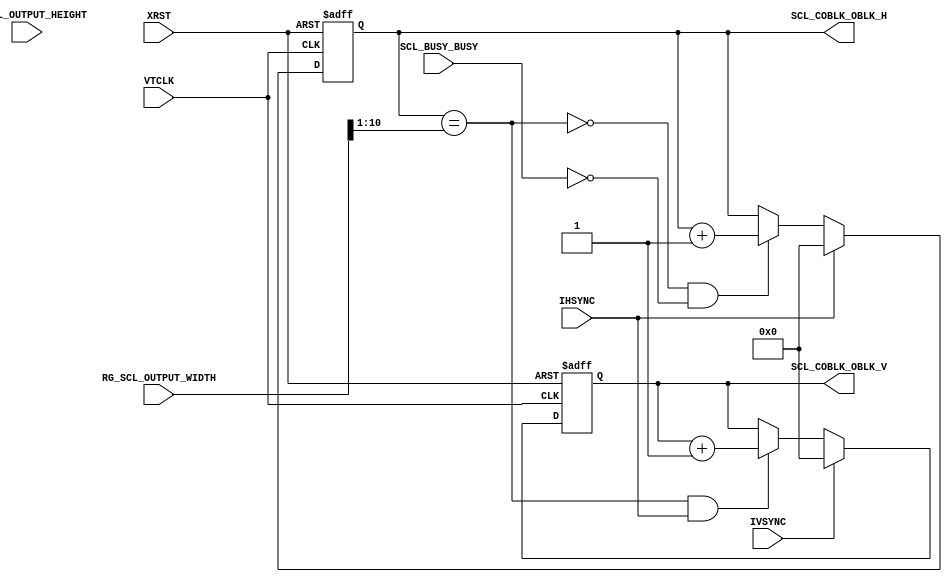
//==========================================================
//  Title     : SONY Mobile CIS
//  Comment   : DUBE block
//  Project   : 
//
//  File Name : 
//
//
//  CONFIDENTIAL AND PROPRIETARY PRODUCT OF SONY CORPORATION
//  Copyright (c) 2015 Sony Corporation.  All Rights Reserved.
//
//  Reference File Name     : (Generated by Excel)
//  Reference File Revision : (none)
//  Reference File Project  : 
//==========================================================



module                  SCL_COBLK(
     VTCLK
    ,XRST
    ,RG_SCL_OUTPUT_WIDTH
    ,RG_SCL_OUTPUT_HEIGHT
    ,IHSYNC
    ,IVSYNC
    ,SCL_BUSY_BUSY
    ,SCL_COBLK_OBLK_H
    ,SCL_COBLK_OBLK_V
);


/*************************************************
INPUT , OUTPUT
*************************************************/
input           VTCLK;                          // 
input           XRST;                           // 
input   [10:0]  RG_SCL_OUTPUT_WIDTH;            // 
input   [10:0]  RG_SCL_OUTPUT_HEIGHT;           // 
input           IHSYNC;                         // 
input           IVSYNC;                         // 
input           SCL_BUSY_BUSY;                  // 
output  [9:0]   SCL_COBLK_OBLK_H;               // 
output  [9:0]   SCL_COBLK_OBLK_V;               // 

/*************************************************
reg, wire
*************************************************/
reg [9:0] SCL_COBLK_OBLK_H;
reg [9:0] SCL_COBLK_OBLK_V;
wire SCL_COBLK_OBLK_H_EN;
wire SCL_COBLK_OBLK_V_EN;

assign SCL_COBLK_OBLK_H_EN = ~(SCL_COBLK_OBLK_H == (RG_SCL_OUTPUT_WIDTH >> 1)) & ~SCL_BUSY_BUSY;
assign SCL_COBLK_OBLK_V_EN = (SCL_COBLK_OBLK_H == (RG_SCL_OUTPUT_WIDTH >> 1));

always @(posedge VTCLK or negedge XRST) begin
  if (XRST == 1'b0) begin
    SCL_COBLK_OBLK_H <= 1'b0;
    SCL_COBLK_OBLK_V <= 1'b0;
  end else begin
    if (IHSYNC == 1'b1) begin
      SCL_COBLK_OBLK_H <= 1'b0;
    end else if (SCL_COBLK_OBLK_H_EN == 1) begin
      SCL_COBLK_OBLK_H <= SCL_COBLK_OBLK_H + 1'b1;
    end else begin
      SCL_COBLK_OBLK_H <= SCL_COBLK_OBLK_H;
    end

    if (IVSYNC == 1) begin
      SCL_COBLK_OBLK_V <= 1'b0;
    end else if (SCL_COBLK_OBLK_V_EN & IHSYNC) begin
      SCL_COBLK_OBLK_V <= SCL_COBLK_OBLK_V + 1'b1;
    end else begin
      SCL_COBLK_OBLK_V <= SCL_COBLK_OBLK_V;
    end
  end
end
endmodule